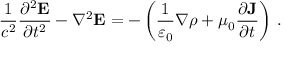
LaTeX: { \frac { 1 } { c ^ { 2 } } } { \frac { \partial ^ { 2 } \mathbf { E } } { \partial t ^ { 2 } } } - \nabla ^ { 2 } \mathbf { E } = - \left( { \frac { 1 } { \varepsilon _ { 0 } } } \nabla \rho + \mu _ { 0 } { \frac { \partial \mathbf { J } } { \partial t } } \right) \, .